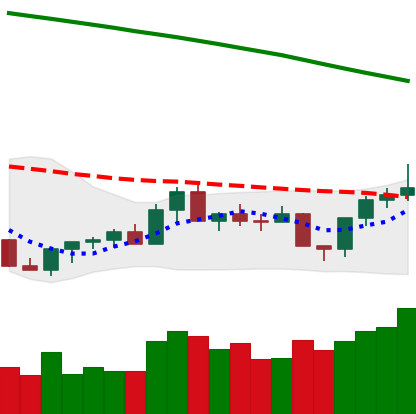
Ticker: XLM-USD
Chart end date: 2022-07-30
Forward return: -4.569%
Label: down_3_5